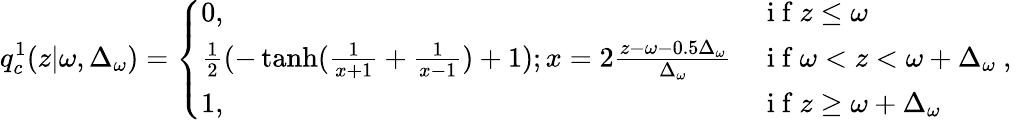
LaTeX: q_{c}^{1}(z|\omega,\Delta_{\omega})=\left\{ \begin{array}{ll}{0,}&{\mathrm{~i~f~}z\leq\omega}\\ {\frac{1}{2}(-\operatorname{tanh}(\frac{1}{x+1}+\frac{1}{x-1})+1);x=2\frac{z-\omega-0.5\Delta_{\omega}}{\Delta_{\omega}}}&{\mathrm{~i~f~}\omega<z<\omega+\Delta_{\omega}}\\ {1,}&{\mathrm{~i~f~}z\geq\omega+\Delta_{\omega}}\end{array}\right.\mathrm{~,~}